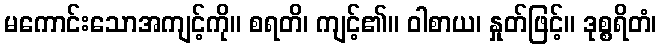
မကောင်းသောအကျင့်ကို။ စရတိ၊ ကျင့်၏။ ဝါစာယ၊ နှုတ်ဖြင့်။ ဒုစ္စရိတံ၊